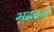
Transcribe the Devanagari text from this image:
भद्रवनं